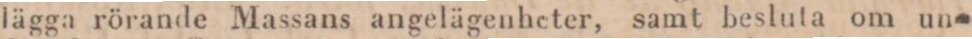
lägga rörande Massans angelägenheter, samt besluta om un-